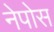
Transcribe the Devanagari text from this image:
नेपोस